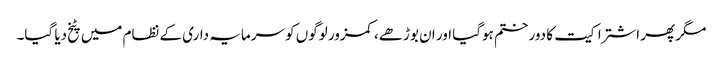
مگر پھر اشتراکیت کا دور ختم ہوگیا اور ان بوڑھے، کمزور لوگوں کو سرمایہ داری کے نظام میں پٹخ دیا گیا۔